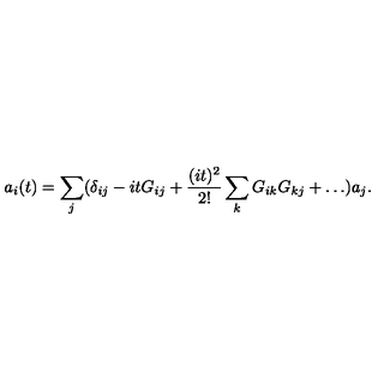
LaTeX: a _ { i } ( t ) = \sum _ { j } ( \delta _ { i j } - i t G _ { i j } + { \frac { ( i t ) ^ { 2 } } { 2 ! } } \sum _ { k } G _ { i k } G _ { k j } + \dots ) a _ { j } .